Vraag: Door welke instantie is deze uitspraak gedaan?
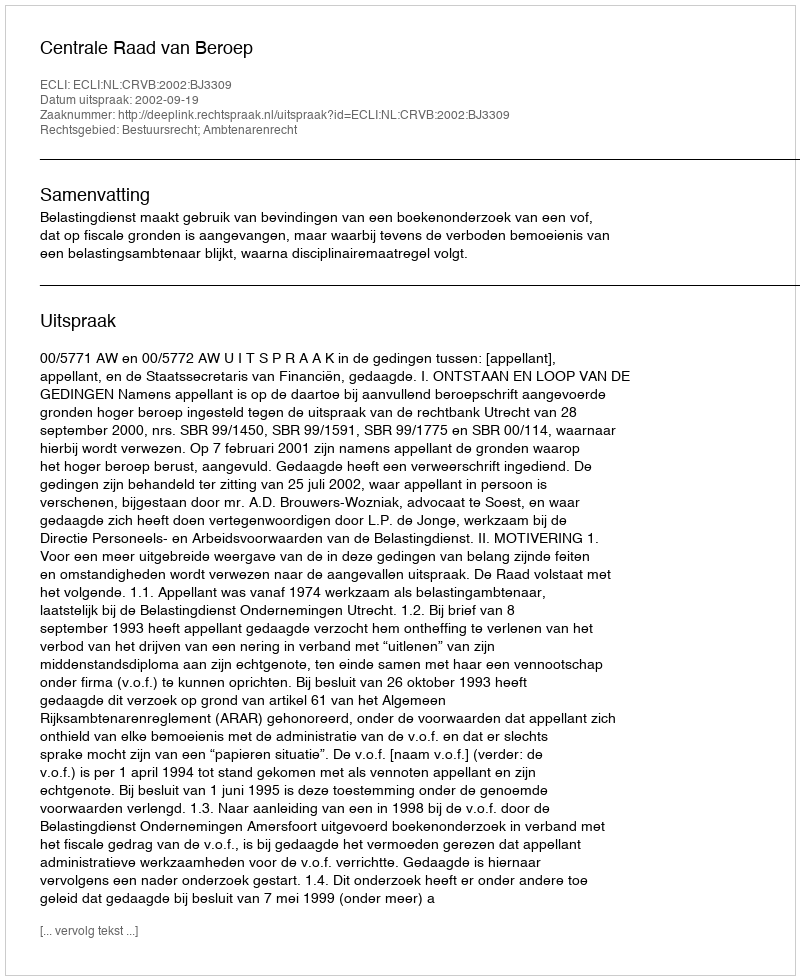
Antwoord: Centrale Raad van Beroep